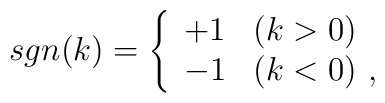
sgn(k)=\left\{\begin{array}{ll}+1&(k>0)\\-1&(k<0) \,\,,\end{array}\right.